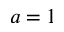
a = 1